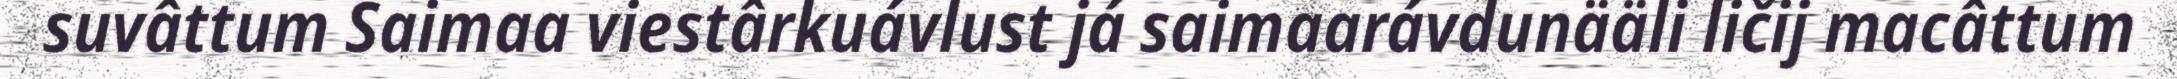
suvâttum Saimaa viestârkuávlust já saimaarávdunääli ličij macâttum